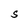
Character: S